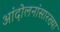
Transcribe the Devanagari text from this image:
आंदोलनांसारख्या